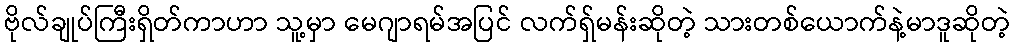
ဗိုလ်ချုပ်ကြီးရှိတ်ကာဟာ သူ့မှာ မေဂျာရမ်အပြင် လက်ရှ်မန်းဆိုတဲ့ သားတစ်ယောက်နဲ့မာဒူဆိုတဲ့